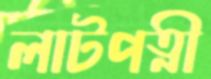
লাটপত্নী